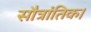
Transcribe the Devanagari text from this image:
सौत्रांतिक।